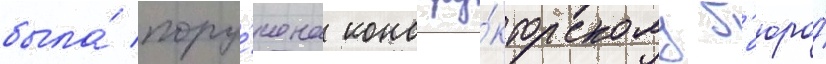
была́ пору́чена констру́кторскому б'юро́